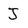
Character: J